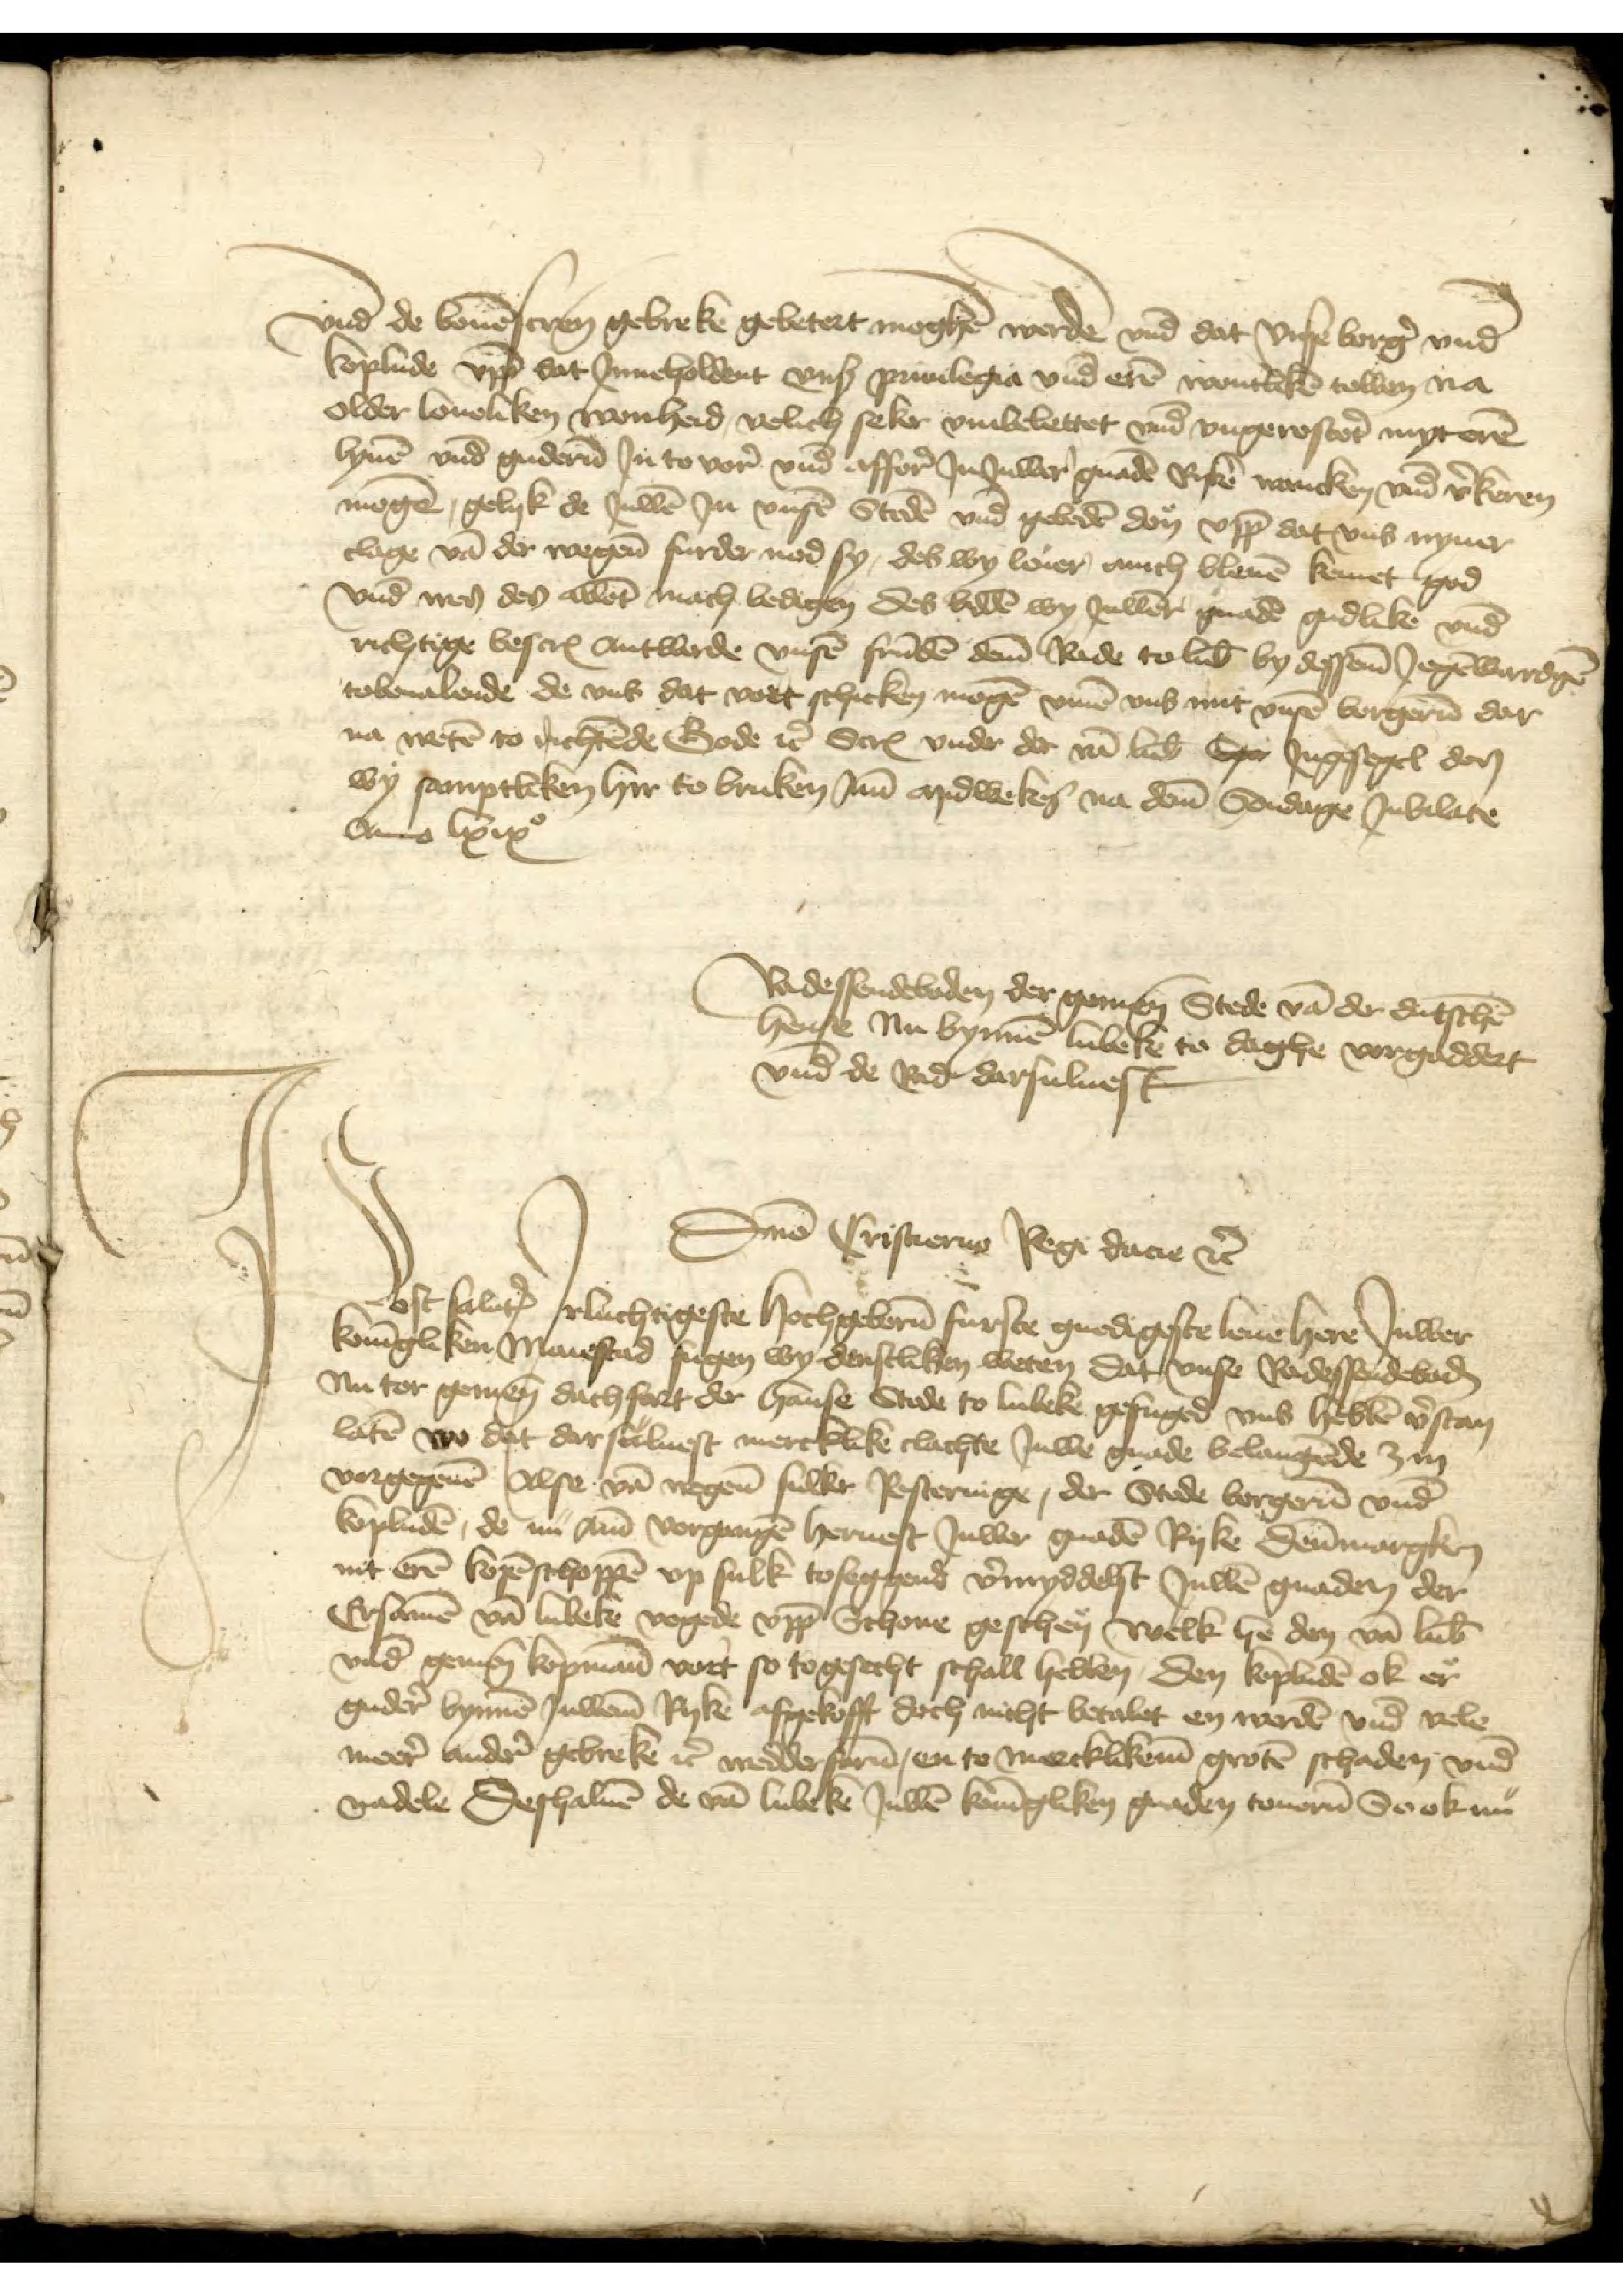
vnd de bouenscreuen gebreke gebetert moghen werde vnd dat Vnse borger vnd
koplude vpp dat Jnneholdent vnser priuilegia vnd eren wontliken tollen na
older loueliken wonheid, velich seke vmbelettet vnd vngerosteret myt eren
lyuen vnd guderen Jn to vore vnd affore Jn Juwer gnaden Ryken wancken vnd vorkeren
mogen, gelyk de Juwen Jn vnsen Steden vnd gebeden don vpp dat vns nyner
clage van der wegene furder nod sy, des wy leuer amth bleuen kemet god
vnd men des allent mach bedigen des bidden wy Juwent gnaden gudlike vnd
richtige bescreuen Antworde vnsen frunden deme Rade to Lubeke by dessen Jegenwardige
tobeualende de vns dat vort schicken mogen vmme vns mit vnsen borgeren dar
na weten to richtende Gode etcetera Screuen vnder de van Lubeke Ste Jngesegel don
wy samptliken hir to bruken Jm Midweken na deme Sondage Jubilate
Ano lixixo
Radessendeboden der gemen Stede van der dutschen
hense Nu bynnen Lubeke to daghe vorgaddert
vnd de Rad darsuluest

Dmo Cristierno Regi dacie etcetera
Post saluationem irluchtigeste hochgeboren furste gnedigeste leue here Juwer
koningliken Maiestad fugen wy denstliken weten dat, vnse Radessendeboden
Nu tor gemenen dachfart der hanse Stede to Lubeke gefuged vns hebben vorstan
laten wo dat darsuluest mercklike clachte Juwe gnade belangende zin
vorgegeuen Alse van wegene sulker Rosteringe, der Stede borgeren vnd
kopluden, de nu ame vorgangen Heruest Juwer gnaden Ryke Dennmargken
mit eren kopenschoppen vp sulk toseggend vormyddelst Juwen gnaden der
Ersamen van Lubeke vogede vppe Schone geschen welk he don van Lubeke
vnde gemenen kopmann vort so togesecht schall hebben, den kopluden ok ere
guder bynnen Juweme Ryke afgekofft doch nicht betalet en werden vnd vele
meere andere gebreke etcetera wedderfaren, en to mercklikem groten schaden vnd
nadele Deshaluen de van Lubeke Juwen koningliken gnaden touoren de ok nu